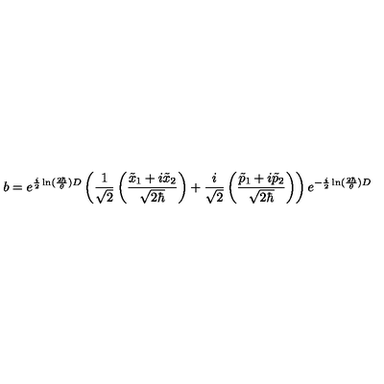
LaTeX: b = e ^ { \frac { i } { 2 } \ln ( \frac { 2 \hbar } { \theta } ) D } \left( \frac { 1 } { \sqrt { 2 } } \left( \frac { \tilde { x } _ { 1 } + i \tilde { x } _ { 2 } } { \sqrt { 2 \hbar } } \right) + \frac { i } { \sqrt { 2 } } \left( \frac { \tilde { p } _ { 1 } + i \tilde { p } _ { 2 } } { \sqrt { 2 \hbar } } \right) \right) e ^ { - \frac { i } { 2 } \ln ( \frac { 2 \hbar } { \theta } ) D }